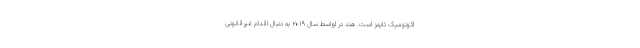
اکونومیک تایمز است. هند در اواسط سال ۲۰۱۹ به دنبال اقدام غیرقانونی